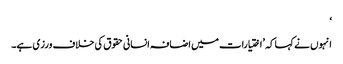
‘
انہوں نے کہا کہ ’اختیارات میں اضافہ انسانی حقوق کی خلاف ورزی ہے۔